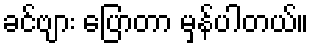
ခင်ဗျား ပြောတာ မှန်ပါတယ်။